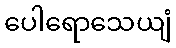
ပေါရောသေယျံ